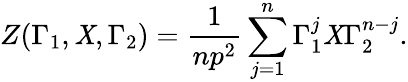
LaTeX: Z(\Gamma_{1},\mathit{X},\Gamma_{2})=\frac{{1}}{{np^{2}}}\sum_{j=1}^{n}\Gamma_{1}^{j}\mathit{X}\Gamma_{2}^{n-j}.